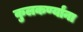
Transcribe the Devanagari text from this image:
कुलकर्ण्यांना